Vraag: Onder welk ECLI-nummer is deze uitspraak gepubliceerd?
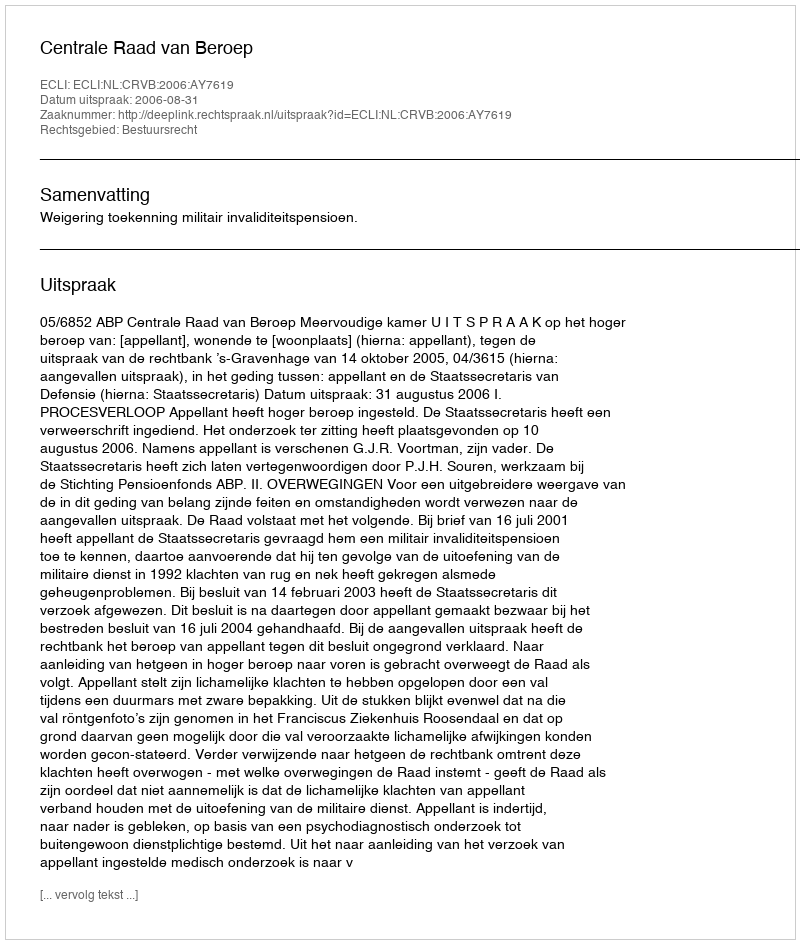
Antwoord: ECLI:NL:CRVB:2006:AY7619